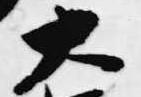
大